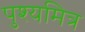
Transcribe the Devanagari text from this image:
पुश्यमित्र